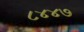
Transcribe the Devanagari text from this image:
८४४७